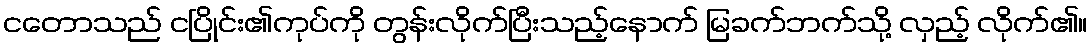
ငတောသည် ငပြိုင်း၏ကုပ်ကို တွန်းလိုက်ပြီးသည့်နောက် မြခက်ဘက်သို့ လှည့် လိုက်၏။